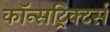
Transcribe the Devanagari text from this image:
कॉन्सट्रिक्टर्स